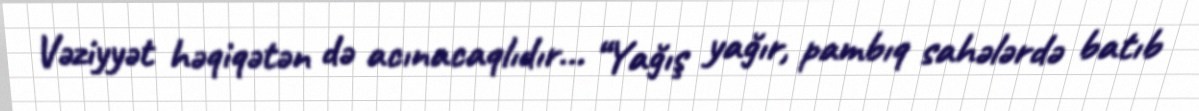
Vəziyyət həqiqətən də acınacaqlıdır... “Yağış yağır, pambıq sahələrdə batıb